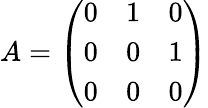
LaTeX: A={\left(\begin{array}{lll}{0}&{1}&{0}\\ {0}&{0}&{1}\\ {0}&{0}&{0}\end{array}\right)}